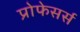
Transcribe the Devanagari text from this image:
प्रोफेसर्स